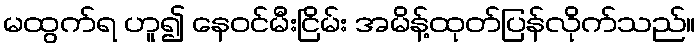
မထွက်ရ ဟူ၍ နေဝင်မီးငြိမ်း အမိန့်ထုတ်ပြန်လိုက်သည်။